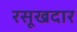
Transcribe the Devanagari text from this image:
रसूखदार